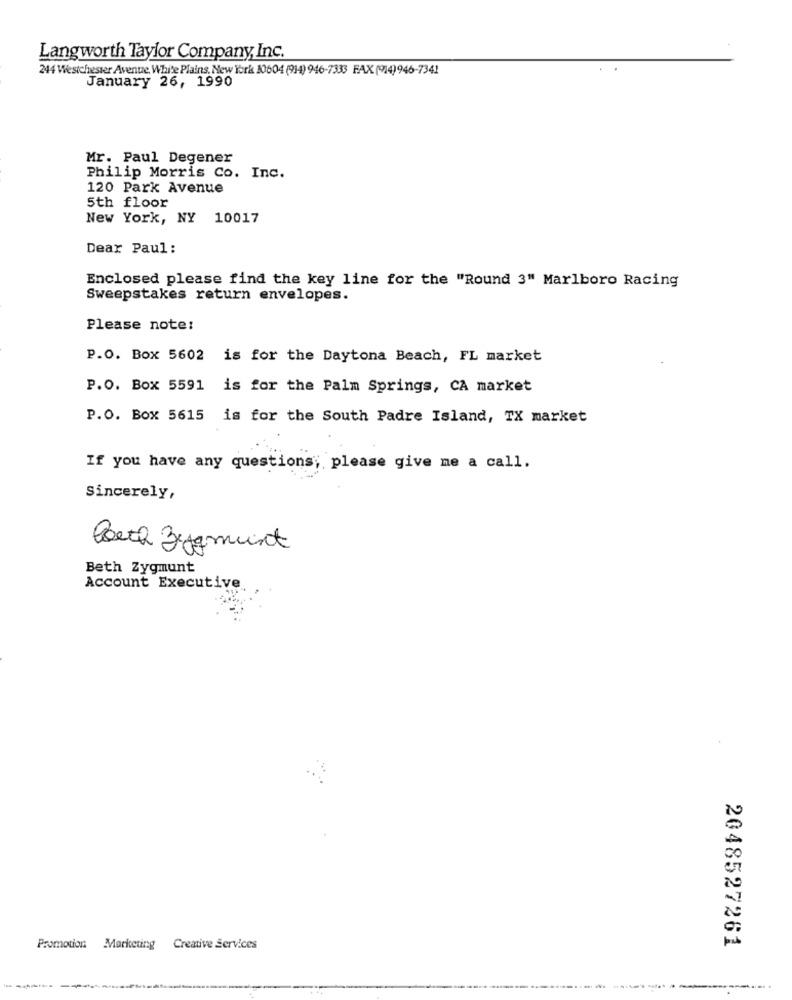
Langworth Taylor Company, Inc.
244 Westchester Avenue, White Plains, New York 10604 (914) 946-7333 FAX (914)946-7341
January 26, 1990
Mr. Paul Degener
Philip Morris Co. Inc.
120 Park Avenue
5th floor
New York, NY 10017
Dear Paul :
Enclosed please find the key line for the "Round 3" Marlboro Racing
Sweepstakes return envelopes.
Please note:
P.O. Box 5602 is for the Daytona Beach, FL market
P.O. Box 5591
is for the Palm Springs, CA market
P.O. Box 5615
is for the South Padre Island, TX market
If you have any questions; please give me a call.
Sincerely,
Poeth Zygmunt
Beth Zygmunt
Account Executive
2048527261
Promotion Marketing Creative Services